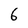
Character: 6